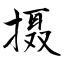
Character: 摄